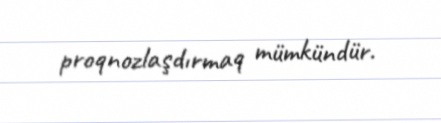
proqnozlaşdırmaq mümkündür.